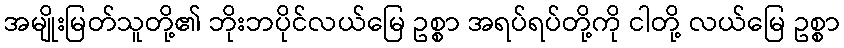
အမျိုးမြတ်သူတို့၏ ဘိုးဘပိုင်လယ်မြေ ဥစ္စာ အရပ်ရပ်တို့ကို ငါတို့ လယ်မြေ ဥစ္စာ